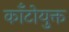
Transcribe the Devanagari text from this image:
काँटोयुक्त